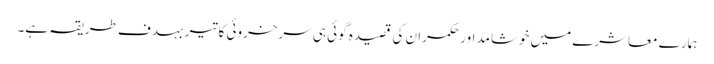
ہمارے معاشرے میں خوشامد اور حکمران کی قصیدہ گوئی ہی سرخروئی کا تیر بہدف طریقہ ہے۔